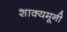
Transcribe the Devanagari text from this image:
शाक्यमूनी